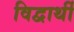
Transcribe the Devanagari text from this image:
विद्वार्थी